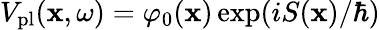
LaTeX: V_{\mathrm{pl}}(\mathbf{x},\omega)=\varphi_{0}(\mathbf{x})\exp(iS(\mathbf{x})/\hbar)